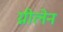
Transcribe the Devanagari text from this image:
ग्नीलेन